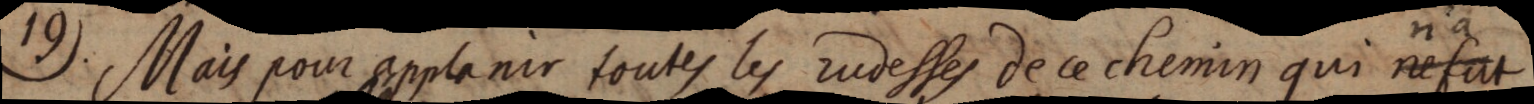
19). Mais pour applanir toutes les rudesses de ce chemin qui ne fut n’a